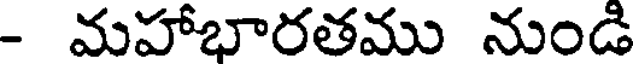
- మహాభారతము నుండి